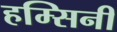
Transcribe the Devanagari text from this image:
हम्सिनी